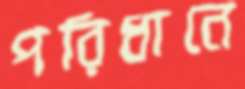
পরিধানে